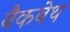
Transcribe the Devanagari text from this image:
बैकबेथ